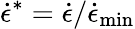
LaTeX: \dot{\epsilon}^{*}=\dot{\epsilon}/\dot{\epsilon}_{\operatorname*{min}}